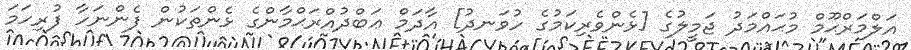
އަލްމަރްޙޫމް މުޙައްމަދު ޖަމީލުގެ [ޅެންވެރިކަމުގެ ހުވަނދު] އާދަމް ޢަބްދުއްރަޙްމާންގެ ޅެންތަކުން ފެންނަހާ ފުރިހަމަ